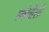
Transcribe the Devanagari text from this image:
ल्योनेली